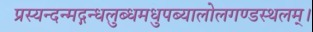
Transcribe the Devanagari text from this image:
प्रस्यन्दन्मद्गन्धलुब्धमधुपब्यालोलगण्डस्थलम्।